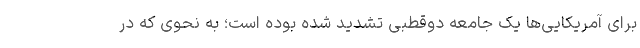
برای آمریکایی‌ها یک جامعه دوقطبی تشدید شده بوده است؛ به نحوی که در